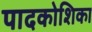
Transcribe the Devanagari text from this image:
पादकोशिका